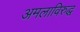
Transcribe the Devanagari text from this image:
अमलाविरुद्ध